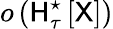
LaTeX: o\left(\mathsf{H}_{\tau}^{\star}\left[\mathsf{X}\right]\right)